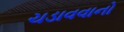
ચડાવવાનો